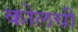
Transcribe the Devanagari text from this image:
कोलची